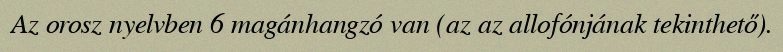
Az orosz nyelvben 6 magánhangzó van (az az allofónjának tekinthető).